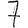
Digit: 7